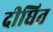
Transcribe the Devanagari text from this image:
दीघित